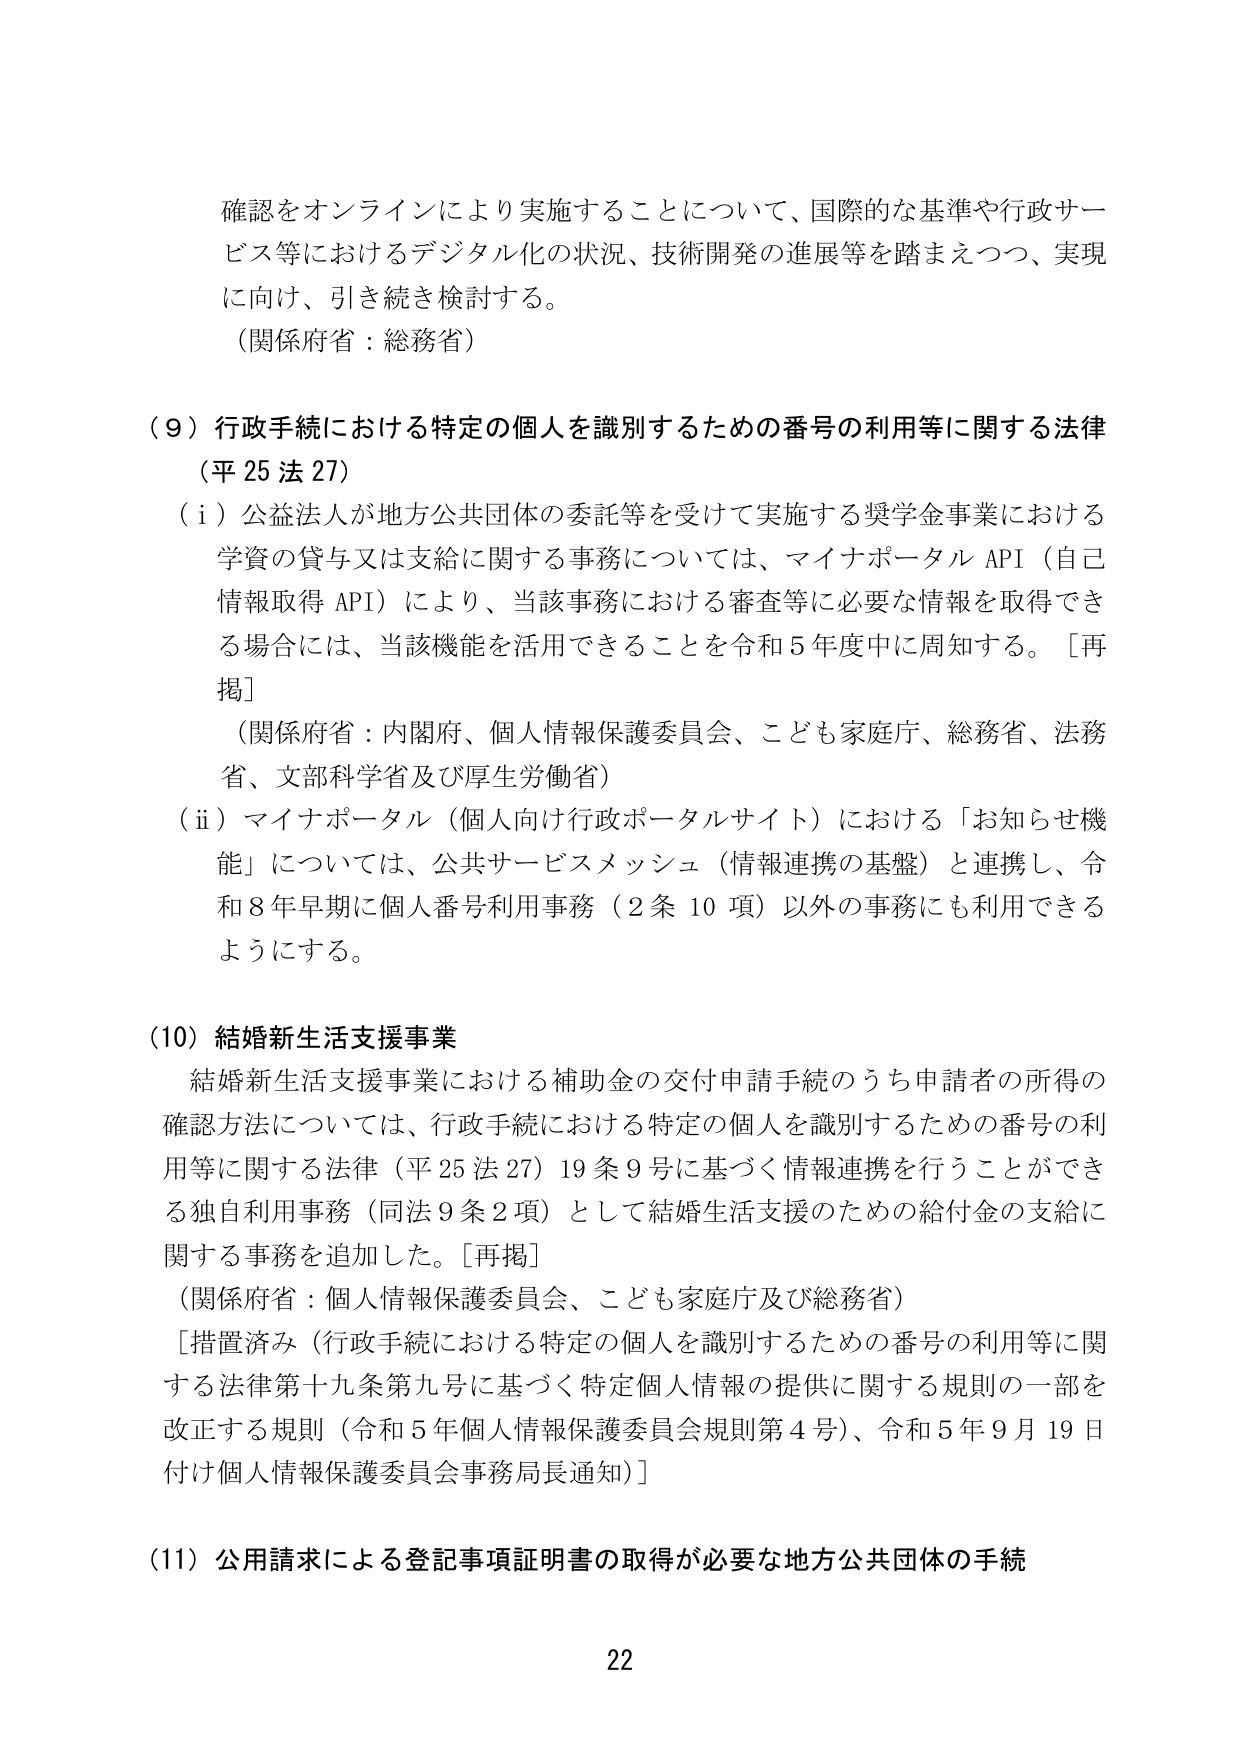
確認をオンラインにより実施することについて、国際的な基準や行政サービス等におけるデジタル化の状況、技術開発の進展等を踏まえつつ、実現に向け、引き続き検討する。
（関係府省：総務省）

（９）行政手続における特定の個人を識別するための番号の利用等に関する法律
（平25法27）
（ⅰ）公益法人が地方公共団体の委託等を受けて実施する奨学金事業における学資の貸与又は支給に関する事務については、マイナポータルAPI（自己情報取得API）により、当該事務における審査等に必要な情報を取得できる場合には、当該機能を活用できることを令和5年度中に周知する。［再掲］
（関係府省：内閣府、個人情報保護委員会、こども家庭庁、総務省、法務省、文部科学省及び厚生労働省）
（ⅱ）マイナポータル（個人向け行政ポータルサイト）における「お知らせ機能」については、公共サービスメッシュ（情報連携の基盤）と連携し、令和8年早期に個人番号利用事務（2条10項）以外の事務にも利用できるようにする。

（10）結婚新生活支援事業
結婚新生活支援事業における補助金の交付申請手続のうち申請者の所得の確認方法については、行政手続における特定の個人を識別するための番号の利用等に関する法律（平25法27）19条9号に基づく情報連携を行うことができる独自利用事務（同法9条2項）として結婚生活支援のための給付金の支給に関する事務を追加した。［再掲］
（関係府省：個人情報保護委員会、こども家庭庁及び総務省）
［措置済み（行政手続における特定の個人を識別するための番号の利用等に関する法律第十九条第九号に基づく特定個人情報の提供に関する規則の一部を改正する規則（令和5年個人情報保護委員会規則第4号）、令和5年9月19日付け個人情報保護委員会事務局長通知）］

（11）公用請求による登記事項証明書の取得が必要な地方公共団体の手続

22